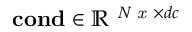
\mathbf { c o n d } \in \mathbb { R } ^ { \textit { N x } \times d c }